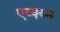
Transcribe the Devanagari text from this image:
एय्क्य्न